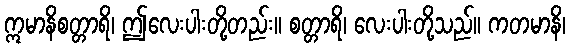
ဣမာနိစတ္တာရိ၊ ဤလေးပါးတို့တည်း။ စတ္တာရိ၊ လေးပါးတို့သည်။ ကတမာနိ၊